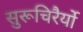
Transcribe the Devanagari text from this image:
सुरूचिरैर्यो